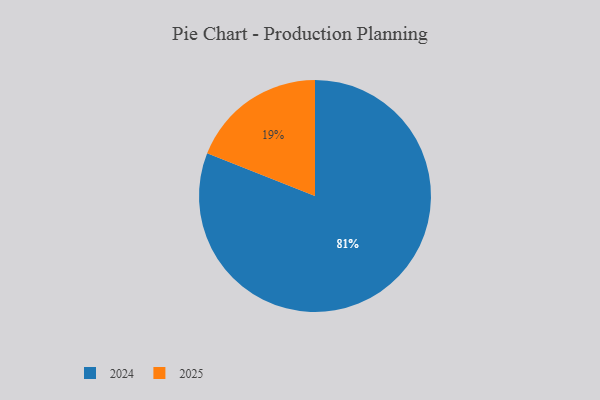
{"axis": {"x": "Category", "y": "Percentage"}, "legend": ["2024", "2025"], "data": [{"x": "2025", "y": 19, "type": "2025"}, {"x": "2024", "y": 81, "type": "2024"}]}